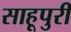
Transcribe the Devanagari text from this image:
साहूपुरी